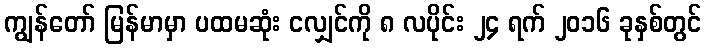
ကျွန်တော် မြန်မာမှာ ပထမဆုံး ငလျှင်ကို ၈ လပိုင်း ၂၄ ရက် ၂၀၁၆ ခုနှစ်တွင်